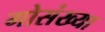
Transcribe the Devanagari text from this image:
गोसंख्या